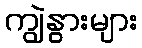
ကျွဲနွားများ